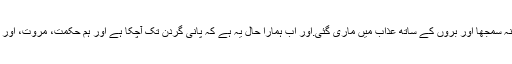
یہی کہ وہ اتنی لبرل تھی کہ اس نے برائی کو دل میں برا جاننا بھی اہم نہ سمجھا اور بروں کے ساتھ عذاب میں ماری گئی.اور اب ہمارا حال یہ ہے کہ پانی گردن تک آچکا ہے اور ہم حکمت، مروت، اور مفاد کے ماروں کے حلق سے بچاؤ بچاؤ کی آواز تک نہیں نکل پا رہی۔